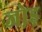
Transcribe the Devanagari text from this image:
जो़ड़